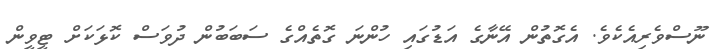
ނޫސްވެރިއެކެވެ. އެގޮތުން އޭނާގެ އަޑުގައި ހުންނަ ގޮތެއްގެ ސަބަބުން ދުވަސް ކޮޅަކަށް ޓީވީން